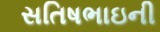
સતિષભાઇની